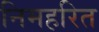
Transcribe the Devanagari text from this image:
निमहरित